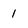
Character: 1